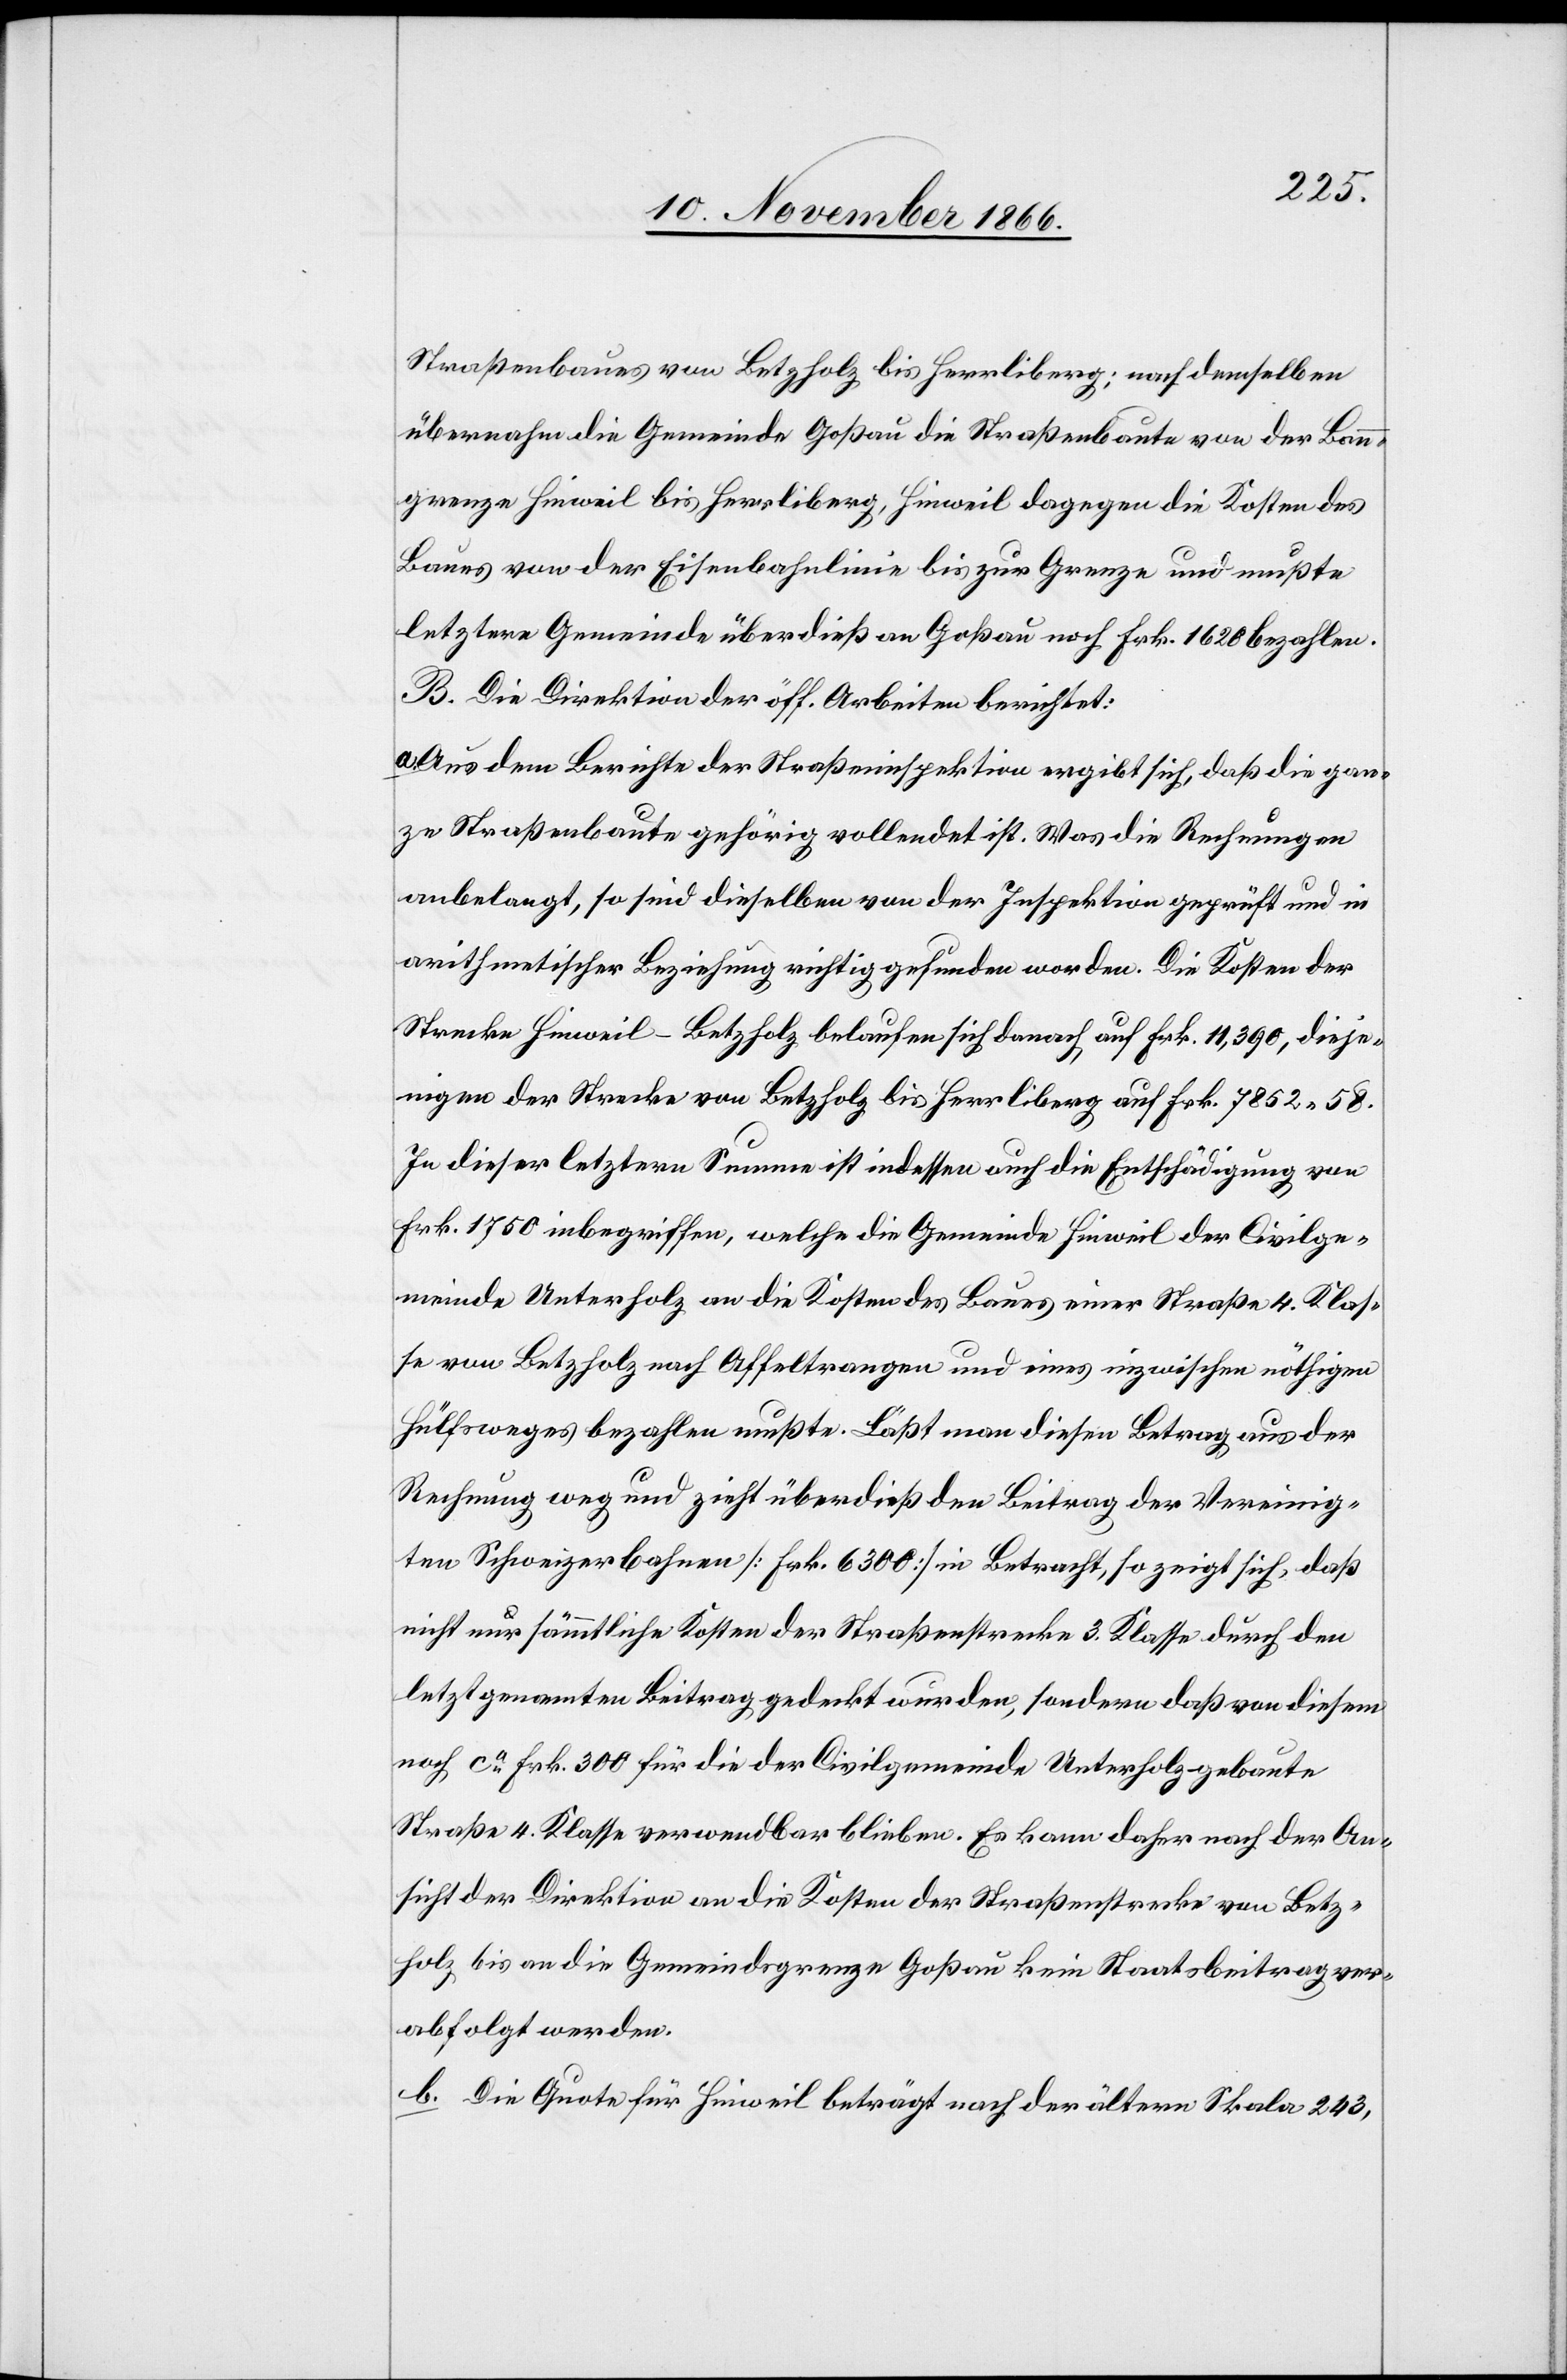
Straßenbaues von Betzholz bis Herrliberg; nach demselben
übernahm die Gemeinde Goßau die Straßenbaute von der Bann¬
grenze Hinweil bis Herrliberg, Hinweil dagegen die Kosten des
Baues von der Eisenbahnlinie bis zur Grenze und mußte
letztere Gemeinde überdieß an Goßau noch Frk. 1620 bezahlen.
B. Die Direktion der öff. Arbeiten berichtet:
Aus dem Berichte der Straßeninspektion ergibt sich, daß die gan¬
ze Straßenbaute gehörig vollendet ist. Was die Rechnungen
anbelangt, so sind dieselben von der Inspektion geprüft und in
arithmetischer Beziehung richtig gefunden worden. Die Kosten der
Strecke Hinweil–Betzholz belaufen sich danach auf Frk. 11 390, dieje¬
nigen der Strecke von Betzholz bis Herrliberg auf Frk. 7852.58.
In dieser letztern Summe ist indessen auch die Entschädigung von
Frk. 1750 inbegriffen, welche die Gemeinde Hinweil der Civilge¬
meinde Unterholz an die Kosten des Baues einer Straße 4. Klas¬
se von Betzholz nach Affeltrangen und eines inzwischen nöthigen
Hülfsweges bezahlen mußte. Läßt man diesen Betrag aus der
Rechnung weg und zieht überdieß den Beitrag der Vereinig¬
ten Schweizerbahnen [Frk. 6300] in Betracht, so zeigt sich, daß
nicht nur sämmtliche Kosten der Straßenstrecke 3. Klasse durch den
letztgenannten Beitrag gedeckt wurden, sondern daß von diesem
noch ca. Frk. 300 für die [von] der Civilgemeinde Unterholz gebaute
Straße 4. Klasse verwendbar blieben. Es kann daher nach der An¬
sicht der Direktion an die Kosten der Straßenstrecke von Betz¬
holz bis an die Gemeindsgrenze Goßau kein Staatsbeitrag ver¬
abfolgt werden.
b. Die Quote für Hinweil beträgt nach der ältern Skala 243,